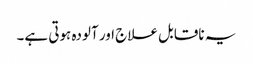
یہ ناقابل علاج اور آلودہ ہوتی ہے۔